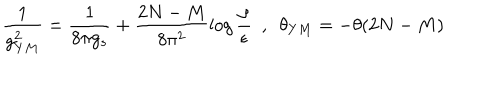
LaTeX: \frac { 1 } { g _ { Y M } ^ { 2 } } = \frac { 1 } { 8 \pi g _ { s } } + \frac { 2 N - M } { 8 \pi ^ { 2 } } \log \frac { \rho } { \epsilon } ~ ~ , ~ ~ \theta _ { Y M } = - \theta ( 2 N - M )